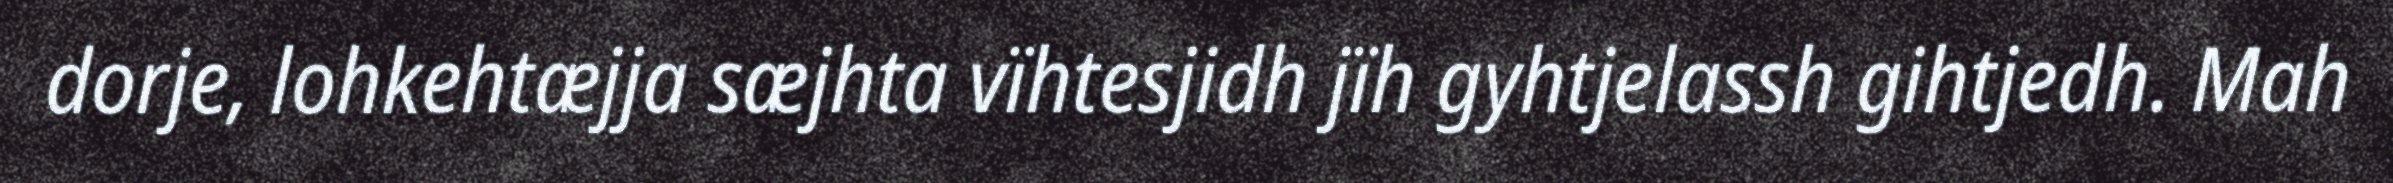
dorje, lohkehtæjja sæjhta vïhtesjidh jïh gyhtjelassh gihtjedh. Mah